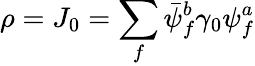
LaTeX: \rho=J_{0}=\sum_{f}\bar{\psi}_{f}^{b}\gamma_{0}\psi_{f}^{a}